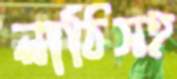
লাঠিসহ